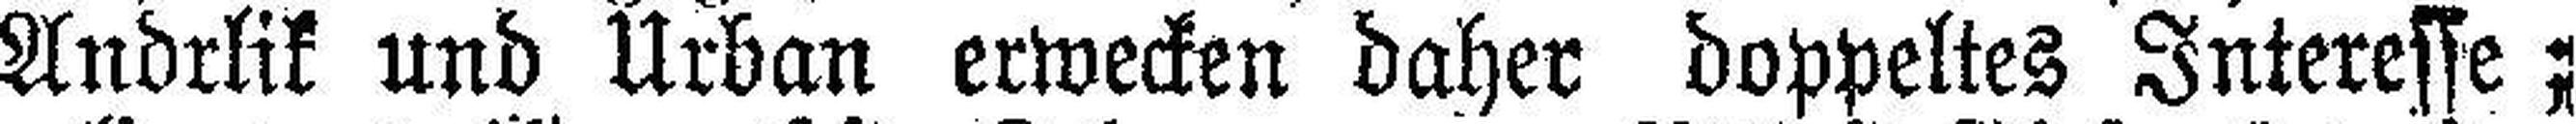
Andrlik und Urban erwecken daher doppeltes Interesse;